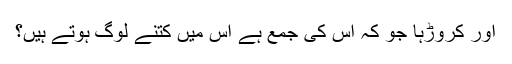
اور کروڑہا جو کہ اس کی جمع ہے اس میں کتنے لوگ ہوتے ہیں؟